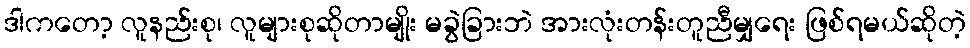
ဒါကတော့ လူနည်းစု၊ လူများစုဆိုတာမျိုး မခွဲခြားဘဲ အားလုံးတန်းတူညီမျှရေး ဖြစ်ရမယ်ဆိုတဲ့